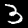
Digit: 3